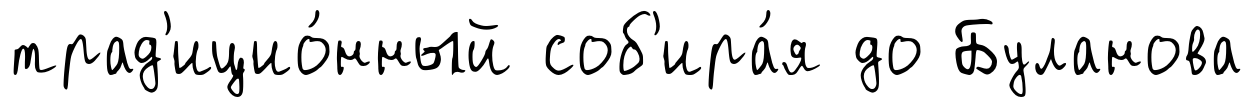
трад'ицио́нный соб'ира́я до Буланова